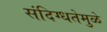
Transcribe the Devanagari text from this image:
संदिग्धतेमुळे